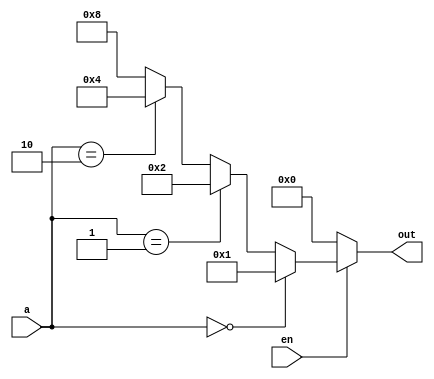
module decoder(
input wire [1:0] a,
input wire en,
output reg [3:0] out
);
always @(*) begin
    if (en==1'b0)
    out=4'b0000;
    else if (a==2'b00)
    out=4'b0001;
     else if (a==2'b01)
    out=4'b0010;
     else if (a==2'b10)
    out=4'b0100;
    else out=4'b1000;

    
end
endmodule